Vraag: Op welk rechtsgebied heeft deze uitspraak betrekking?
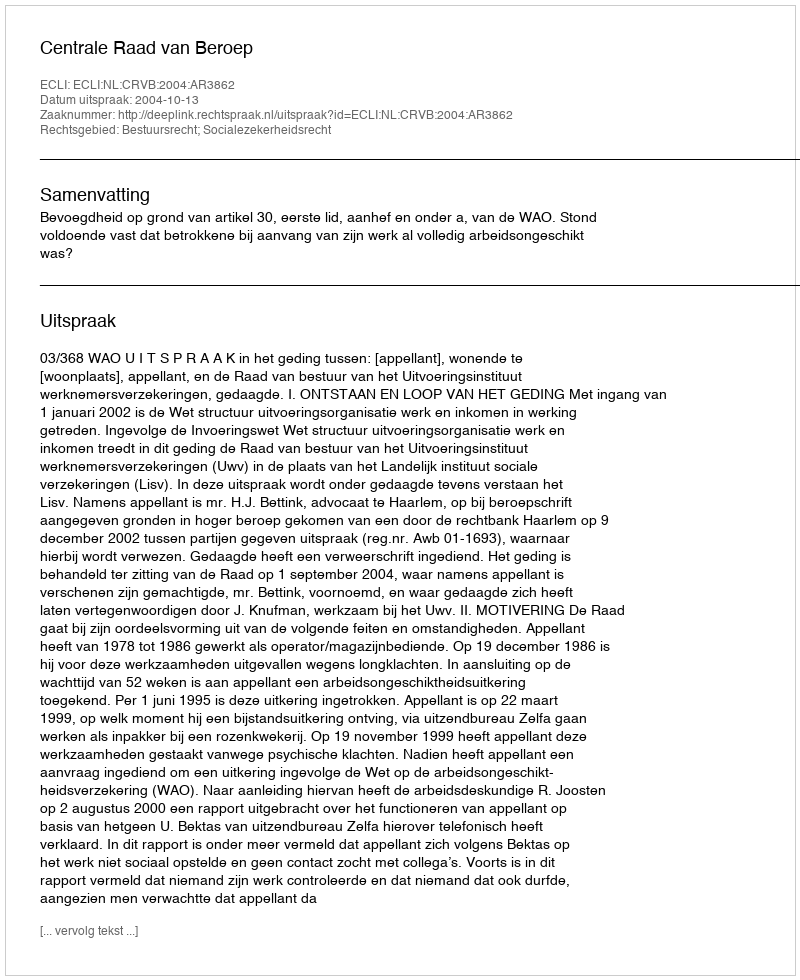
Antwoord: Bestuursrecht; Socialezekerheidsrecht